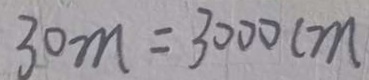
3 0 m = 3 0 0 0 c m